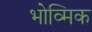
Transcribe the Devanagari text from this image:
भोव्मिक